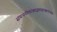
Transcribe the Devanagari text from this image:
संचयनोत्तरंश्राद्धमाहाश्वलायनः